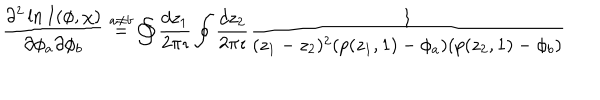
LaTeX: \frac { \partial ^ { 2 } \ln I ( \phi , \chi ) } { \partial \phi _ { a } \partial \phi _ { b } } \stackrel { a \neq b } { = } \oint \frac { d z _ { 1 } } { 2 \pi \imath } \oint \frac { d z _ { 2 } } { 2 \pi \imath } \frac { 1 } { ( z _ { 1 } - z _ { 2 } ) ^ { 2 } ( p ( z _ { 1 } , 1 ) - \phi _ { a } ) ( p ( z _ { 2 } , 1 ) - \phi _ { b } ) }